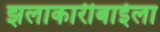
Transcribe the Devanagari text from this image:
झलाकारीबाईला